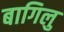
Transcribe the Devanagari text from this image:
बागिलु